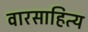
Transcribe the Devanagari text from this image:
वारसाहित्य